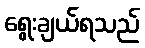
ရွေးချယ်ရသည်